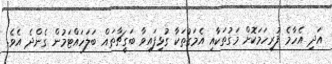
އަދި އެހާމެ ފުރިހަމަކޮށް މަގުތަކާއި އެމަގުތަކާ ގުޅިފައިވާ ބަގީޗާތައް ބަލަހައްޓަމުން ގެންދެ އެވެ.